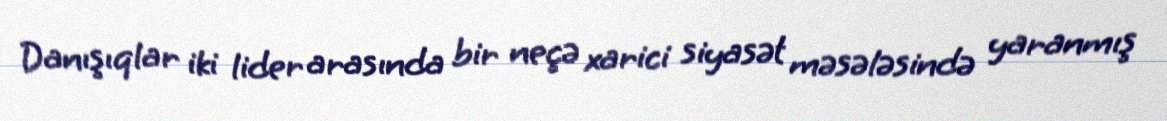
Danışıqlar iki lider arasında bir neçə xarici siyasət məsələsində yaranmış